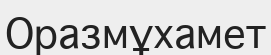
Оразмұхамет